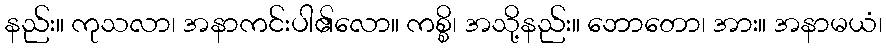
နည်း။ ကုသလာ၊ အနာကင်းပါ၏လော။ ကစ္စိ၊ အသို့နည်း။ ဘောတော၊ အား။ အနာမယံ၊